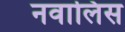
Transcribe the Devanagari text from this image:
नवालिस